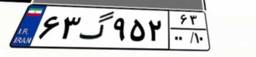
۱۴گ۰۶۸۶۹